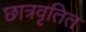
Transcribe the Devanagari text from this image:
छात्रवृतित